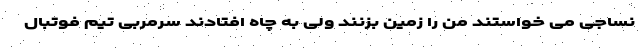
نساجی می خواستند من را زمین بزنند ولی به چاه افتادند سرمربی تیم فوتبال